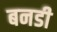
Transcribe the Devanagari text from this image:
बनडी